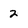
Character: 2